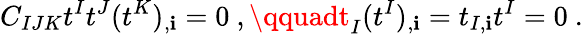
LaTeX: C_{IJK}t^{I}t^{J}(t^{K})_{,\mathbf{i}}=0\ ,\qquadt_{I}(t^{I})_{,\mathbf{i}}=t_{I,\mathbf{i}}t^{I}=0\ .